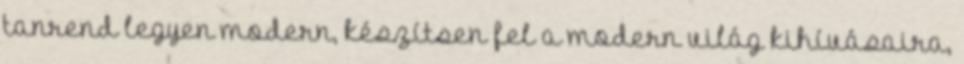
tanrend legyen modern, készítsen fel a modern világ kihívásaira,